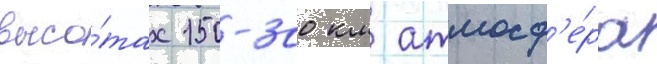
высо́тах 150-300 км атмосф'е́ра